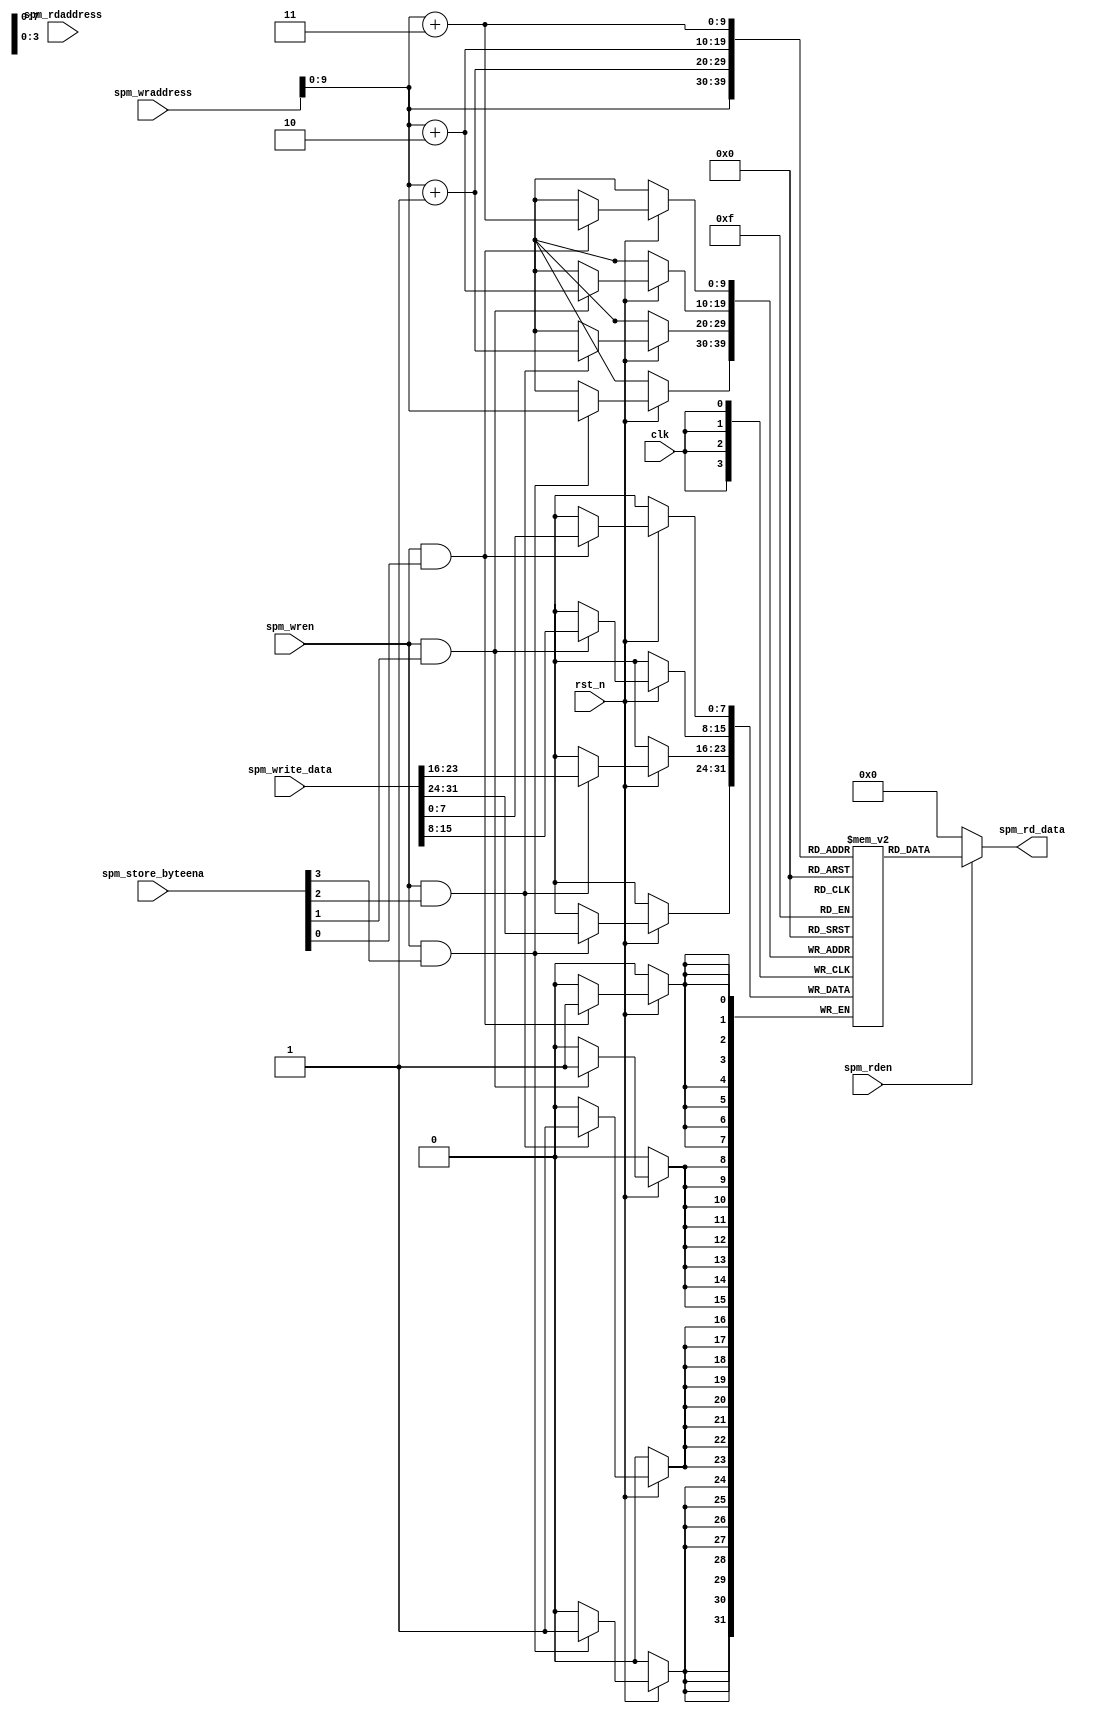
`ifndef OOOCPU_SPM
`define OOOCPU_SPM

//Dual Port RAM
//One port for IF, the other for MEM

module spm #(
    parameter READ  = 1,
    parameter WRITE = 0
)(
    input wire              clk,
    input wire              rst_n,
    input wire  [31 : 0]    spm_rdaddress,
    input wire  [31 : 0]    spm_wraddress,
    input wire              spm_rden,
    input wire              spm_wren,
    input wire  [31 : 0]    spm_write_data,
    input wire  [3 : 0]     spm_store_byteena,
    output wire [31 : 0]    spm_rd_data
);

reg [7 : 0] spm [0 : 1023];

assign spm_rd_data  =   (spm_rden) ? 
                            {   spm[spm_wraddress],
                                spm[spm_wraddress + 1], 
                                spm[spm_wraddress + 2], 
                                spm[spm_wraddress + 3] } : 32'b0;

always @(posedge clk) begin
    if (rst_n) begin
        if (spm_wren && spm_store_byteena[3]) begin
            spm[spm_wraddress]       <= spm_write_data[31 : 24];
        end
    end
end

always @(posedge clk) begin
    if (rst_n) begin
        if (spm_wren && spm_store_byteena[2]) begin
            spm[spm_wraddress + 1]   <= spm_write_data[23 : 16];
        end
    end
end

always @(posedge clk) begin
    if (rst_n) begin
        if (spm_wren && spm_store_byteena[1]) begin
            spm[spm_wraddress + 2]   <= spm_write_data[15 : 8];
        end
    end
end

always @(posedge clk) begin
    if (rst_n) begin
        if (spm_wren && spm_store_byteena[0]) begin
            spm[spm_wraddress + 3]   <= spm_write_data[7 : 0];
        end
    end
end

endmodule

`endif